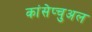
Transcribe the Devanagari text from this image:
कांसेप्चुअल